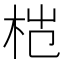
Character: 𬂦